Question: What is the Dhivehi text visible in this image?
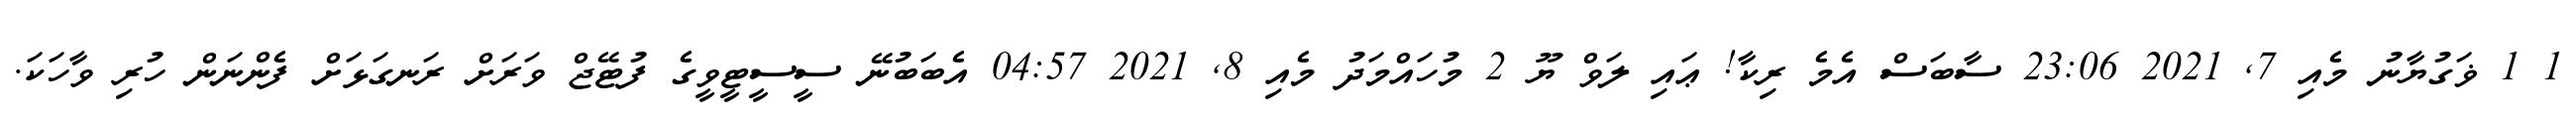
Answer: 1 1 ޥަގުޔާނު މެއި 7, 2021 23:06 ސާބަސް އެމެ ރިކާ! ޢައި ލަވް ޔޫ 2 މުހައްމަދު މެއި 8, 2021 04:57 އެބަބުނޭ ސީސީޓީވީގެ ފުޓޭޖް ވަރަށް ރަނގަޅަށް ފެންނަން ހުރި ވާހަކަ.